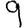
Digit: 9